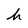
Character: h